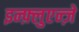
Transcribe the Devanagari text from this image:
इन्फ़्लुएन्ज़े